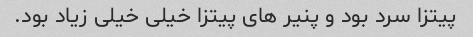
پیتزا سرد بود و پنیر هاى پیتزا خیلى خیلی زیاد بود.